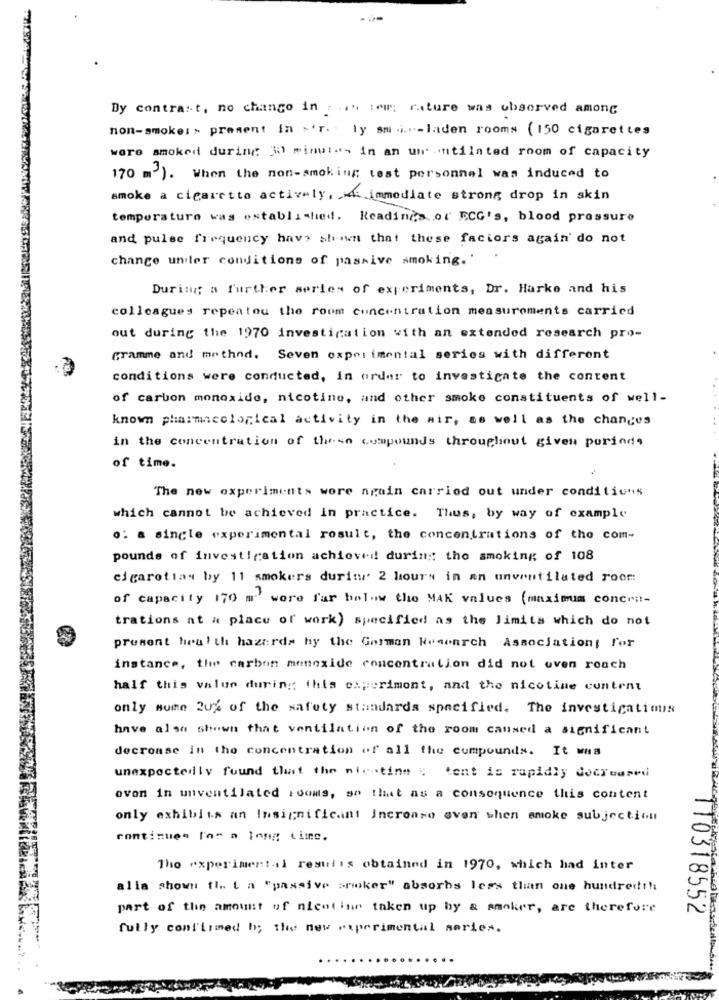
Dy contrast, no chango in . ... iem: rature was observed among
non-smoke: > present in ~'r. . ly smi."-laden rooms ( 150 cigarettes
were smoked during 30 minutes in an um untilated room of capacity
170 m3'). When the non-smoking test personnel was induced to
smoke a cigarette actively, w immediate strong drop in skin
temperature was established. Readings. . or ECG's, blood pressure
and pulse frequency have shown that these factors again' do not
change under conditions of passive smoking.'
During a further series of experiments, Dr. Harke and his
colleagues repeatou the room concentration measurements carried
out during the 1970 investigation with an extended research pro-
gramme and method. Seven experimental series with different
conditions were conducted, in order to investigate the content
of carbon monoxide, nicotine, and other smoke constituents of well-
known pharmacological activity in the air, as well as the changes
in the concentration of these compounds throughout given periods
of time.
The new experiments wore again carried out under conditions
which cannot be achieved in practice. Thus, by way of example
o: a single experimental result, the concentrations of the com-
pounds of investigation achieved durin :: the smoking of 108
cigaretias by 11 smokers during 2 hours in an unventilated roor:
of capacity 170 m' wore far below the MAK values (maximum concrat-
trations at a place of work) specified as the limits which do not
present health hazards by the Gormen Research Association; for
instance, the carbon monoxide concentration did not even roach
half this value during: this experiment, and the nicotine content
only some 20% of the safety standards specified. The investigationis
have also shown that ventilation of the room caused a significant
decrease in the concentration of all the compounds. It was
unexpectedly found that the nicotine ; Lent is rapidly decreased
even in unventilated rooms, so that as a consequence this content
only exhibits an Insignificant Incronro even when smoke subjection
continues l'or a long time.
Tho "xperiment.il results obtained in 1970, which had inter
alla shown ti. t a "passive smoker" absorbs less than one hundredth
part of the amount of nicotine taken up by & smoker, are therefore
110318552
fully confirmed b; the new experimental series.